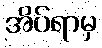
အိပ်ရာမှ